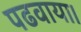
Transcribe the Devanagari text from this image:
पढवाया।